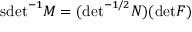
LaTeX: \mathrm { s d e t } ^ { - 1 } M = ( \mathrm { d e t } ^ { - 1 / 2 } N ) ( \mathrm { d e t } { \cal F } )